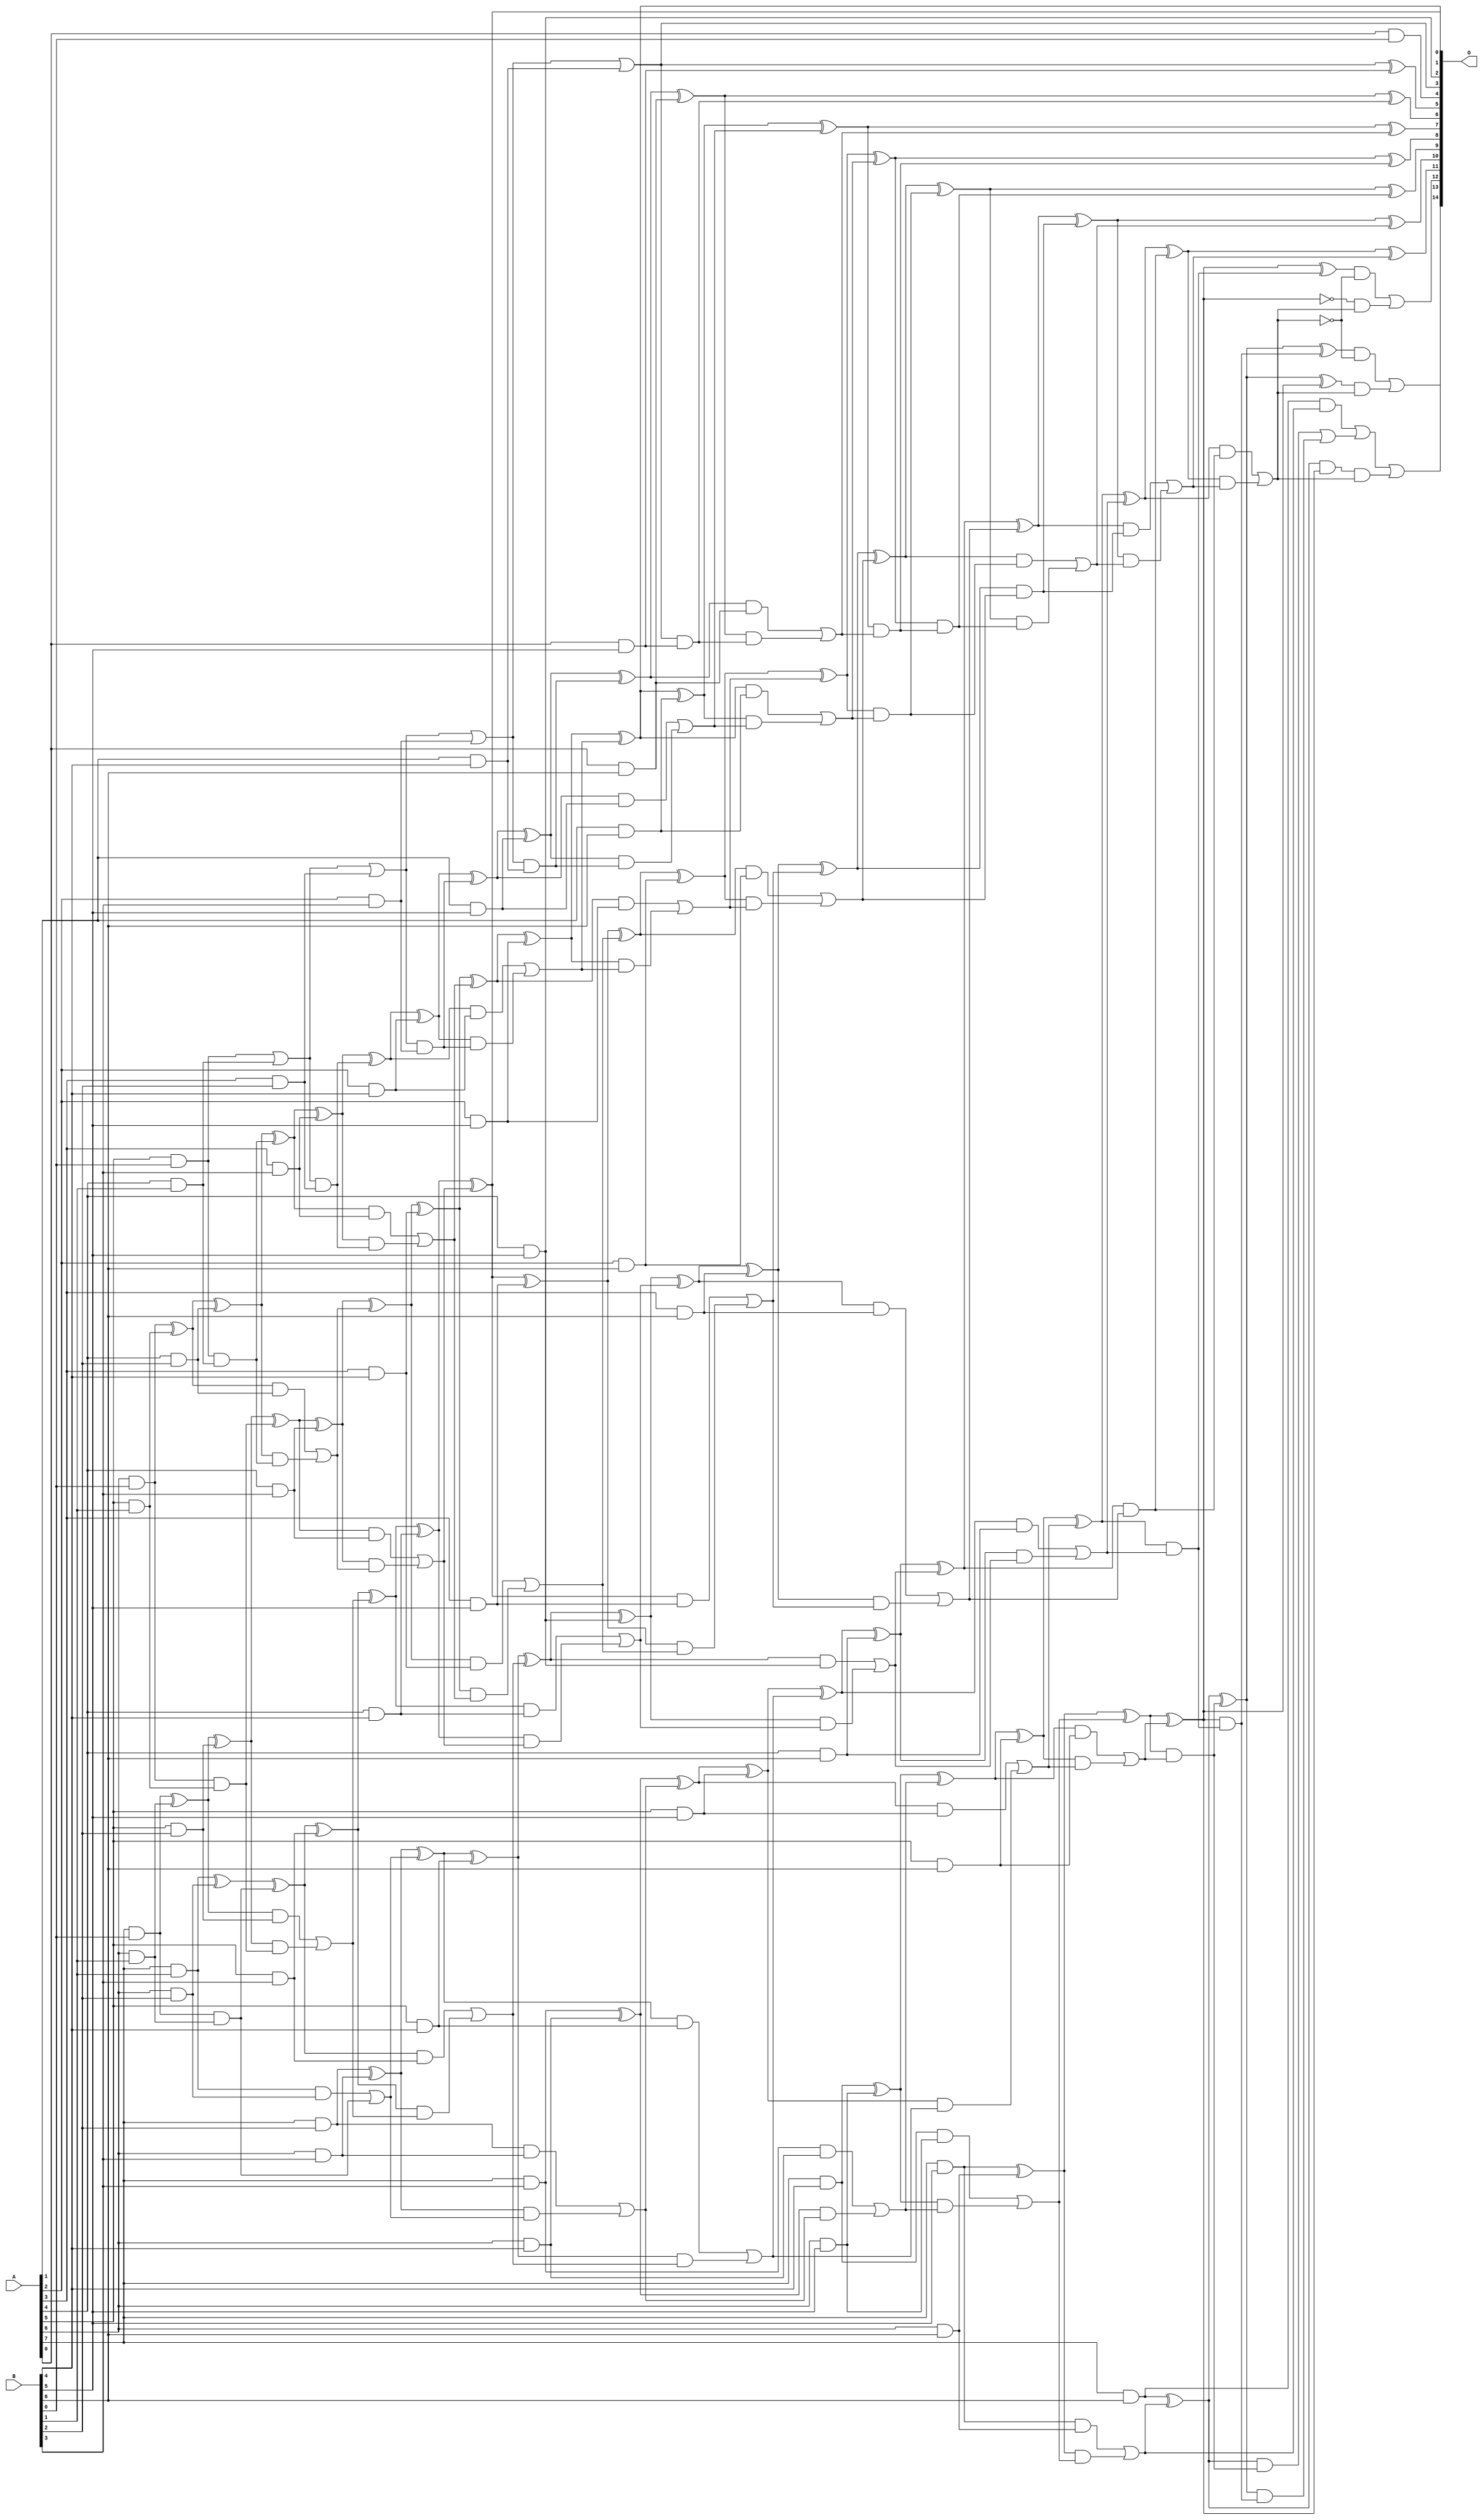
/***
* This code is a part of EvoApproxLib library (ehw.fit.vutbr.cz/approxlib) distributed under The MIT License.
* When used, please cite the following article(s): V. Mrazek, L. Sekanina, Z. Vasicek "Libraries of Approximate Circuits: Automated Design and Application in CNN Accelerators" IEEE Journal on Emerging and Selected Topics in Circuits and Systems, Vol 10, No 4, 2020 
* This file contains a circuit from a sub-set of pareto optimal circuits with respect to the pwr and mae parameters
***/
// MAE% = 0.049 %
// MAE = 16 
// WCE% = 0.19 %
// WCE = 61 
// WCRE% = 1500.00 %
// EP% = 95.65 %
// MRE% = 1.43 %
// MSE = 416 
// PDK45_PWR = 0.259 mW
// PDK45_AREA = 481.5 um2
// PDK45_DELAY = 1.36 ns

module mul8x7u_3EJ (
    A,
    B,
    O
);

input [7:0] A;
input [6:0] B;
output [14:0] O;

wire sig_20,sig_21,sig_22,sig_26,sig_27,sig_28,sig_29,sig_30,sig_39,sig_40,sig_41,sig_42,sig_43,sig_44,sig_48,sig_49,sig_50,sig_51,sig_52,sig_68;
wire sig_69,sig_73,sig_74,sig_75,sig_76,sig_77,sig_78,sig_79,sig_80,sig_81,sig_82,sig_83,sig_84,sig_86,sig_87,sig_90,sig_91,sig_92,sig_93,sig_94;
wire sig_95,sig_106,sig_107,sig_111,sig_112,sig_113,sig_114,sig_115,sig_116,sig_117,sig_118,sig_119,sig_120,sig_121,sig_122,sig_123,sig_124,sig_125,sig_126,sig_127;
wire sig_128,sig_129,sig_130,sig_132,sig_133,sig_134,sig_135,sig_136,sig_137,sig_138,sig_144,sig_145,sig_149,sig_150,sig_151,sig_152,sig_153,sig_154,sig_155,sig_156;
wire sig_157,sig_158,sig_159,sig_160,sig_161,sig_162,sig_163,sig_164,sig_165,sig_166,sig_167,sig_168,sig_169,sig_170,sig_171,sig_172,sig_173,sig_174,sig_175,sig_176;
wire sig_177,sig_178,sig_179,sig_180,sig_181,sig_182,sig_183,sig_187,sig_188,sig_189,sig_190,sig_191,sig_192,sig_193,sig_194,sig_195,sig_196,sig_197,sig_198,sig_199;
wire sig_200,sig_201,sig_202,sig_203,sig_204,sig_205,sig_206,sig_207,sig_208,sig_209,sig_210,sig_211,sig_212,sig_213,sig_214,sig_215,sig_216,sig_217,sig_218,sig_219;
wire sig_220,sig_221,sig_222,sig_223,sig_224,sig_225,sig_226,sig_227,sig_228,sig_229,sig_230,sig_231,sig_232,sig_233,sig_234,sig_235,sig_236,sig_237,sig_238,sig_239;
wire sig_240,sig_241,sig_242,sig_243,sig_244,sig_245,sig_246,sig_247,sig_248,sig_249,sig_250,sig_251,sig_252,sig_253,sig_254,sig_255,sig_256,sig_257,sig_258,sig_259;
wire sig_260,sig_261,sig_262,sig_263,sig_264,sig_265,sig_266,sig_267,sig_268,sig_269,sig_270,sig_271,sig_272,sig_273,sig_274,sig_275,sig_276,sig_277,sig_278,sig_279;
wire sig_280,sig_281,sig_282,sig_283,sig_284,sig_285,sig_286,sig_287,sig_288,sig_289,sig_290,sig_291,sig_292,sig_293,sig_294,sig_295,sig_296,sig_297,sig_298,sig_301;
wire sig_305,sig_306,sig_309,sig_310,sig_311,sig_312,sig_313,sig_314,sig_315,sig_316,sig_319,sig_320;

assign sig_20 = A[5] & B[0];
assign sig_21 = A[6] & B[0];
assign sig_22 = A[7] & B[0];
assign sig_26 = A[0] & B[0];
assign sig_27 = A[4] & B[1];
assign sig_28 = A[5] & B[1];
assign sig_29 = A[6] & B[1];
assign sig_30 = A[7] & B[1];
assign sig_39 = sig_20 & sig_27;
assign sig_40 = sig_20 | sig_27;
assign sig_41 = sig_21 & sig_28;
assign sig_42 = sig_21 ^ sig_28;
assign sig_43 = sig_22 & sig_29;
assign sig_44 = sig_22 ^ sig_29;
assign sig_48 = A[3] & B[2];
assign sig_49 = A[4] & B[2];
assign sig_50 = A[5] & B[2];
assign sig_51 = A[6] & B[2];
assign sig_52 = A[7] & B[2];
assign sig_68 = sig_40 | sig_48;
assign sig_69 = sig_40 & sig_48;
assign sig_73 = sig_42 ^ sig_49;
assign sig_74 = sig_42 & sig_49;
assign sig_75 = sig_73 & sig_39;
assign sig_76 = sig_73 ^ sig_39;
assign sig_77 = sig_74 | sig_75;
assign sig_78 = sig_44 ^ sig_50;
assign sig_79 = sig_44 & sig_50;
assign sig_80 = sig_78 & sig_41;
assign sig_81 = sig_78 ^ sig_41;
assign sig_82 = sig_79 | sig_80;
assign sig_83 = sig_30 ^ sig_51;
assign sig_84 = sig_30 & sig_51;
assign sig_86 = sig_83 ^ sig_43;
assign sig_87 = sig_84 | sig_43;
assign sig_90 = A[2] & B[3];
assign sig_91 = A[3] & B[3];
assign sig_92 = A[4] & B[3];
assign sig_93 = A[5] & B[3];
assign sig_94 = A[6] & B[3];
assign sig_95 = A[7] & B[3];
assign sig_106 = sig_68 | sig_90;
assign sig_107 = sig_68 & sig_90;
assign sig_111 = sig_76 ^ sig_91;
assign sig_112 = sig_76 & sig_91;
assign sig_113 = sig_111 & sig_69;
assign sig_114 = sig_111 ^ sig_69;
assign sig_115 = sig_112 | sig_113;
assign sig_116 = sig_81 ^ sig_92;
assign sig_117 = sig_81 & sig_92;
assign sig_118 = sig_116 & sig_77;
assign sig_119 = sig_116 ^ sig_77;
assign sig_120 = sig_117 | sig_118;
assign sig_121 = sig_86 ^ sig_93;
assign sig_122 = sig_86 & sig_93;
assign sig_123 = sig_121 & sig_82;
assign sig_124 = sig_121 ^ sig_82;
assign sig_125 = sig_122 | sig_123;
assign sig_126 = sig_52 ^ sig_94;
assign sig_127 = sig_52 & sig_94;
assign sig_128 = sig_126 & sig_87;
assign sig_129 = sig_126 ^ sig_87;
assign sig_130 = sig_127 | sig_128;
assign sig_132 = A[1] & B[4];
assign sig_133 = A[2] & B[4];
assign sig_134 = A[3] & B[4];
assign sig_135 = A[4] & B[4];
assign sig_136 = A[5] & B[4];
assign sig_137 = A[6] & B[4];
assign sig_138 = A[7] & B[4];
assign sig_144 = sig_106 | sig_132;
assign sig_145 = sig_106 & sig_132;
assign sig_149 = sig_114 ^ sig_133;
assign sig_150 = sig_114 & sig_133;
assign sig_151 = sig_149 & sig_107;
assign sig_152 = sig_149 ^ sig_107;
assign sig_153 = sig_150 | sig_151;
assign sig_154 = sig_119 ^ sig_134;
assign sig_155 = sig_119 & sig_134;
assign sig_156 = sig_154 & sig_115;
assign sig_157 = sig_154 ^ sig_115;
assign sig_158 = sig_155 | sig_156;
assign sig_159 = sig_124 ^ sig_135;
assign sig_160 = sig_124 & sig_135;
assign sig_161 = sig_159 & sig_120;
assign sig_162 = sig_159 ^ sig_120;
assign sig_163 = sig_160 | sig_161;
assign sig_164 = sig_129 ^ sig_136;
assign sig_165 = sig_129 & sig_136;
assign sig_166 = sig_164 & sig_125;
assign sig_167 = sig_164 ^ sig_125;
assign sig_168 = sig_165 | sig_166;
assign sig_169 = sig_95 ^ sig_137;
assign sig_170 = sig_95 & sig_137;
assign sig_171 = sig_169 & sig_130;
assign sig_172 = sig_169 ^ sig_130;
assign sig_173 = sig_170 | sig_171;
assign sig_174 = A[0] & B[5];
assign sig_175 = A[1] & B[5];
assign sig_176 = A[2] & B[5];
assign sig_177 = A[3] & B[5];
assign sig_178 = A[4] & B[5];
assign sig_179 = A[5] & B[5];
assign sig_180 = A[6] & B[5];
assign sig_181 = A[7] & B[5];
assign sig_182 = sig_144 ^ sig_174;
assign sig_183 = sig_144 & sig_174;
assign sig_187 = sig_152 ^ sig_175;
assign sig_188 = sig_152 & sig_175;
assign sig_189 = sig_187 & sig_145;
assign sig_190 = sig_187 ^ sig_145;
assign sig_191 = sig_188 | sig_189;
assign sig_192 = sig_157 ^ sig_176;
assign sig_193 = sig_157 & sig_176;
assign sig_194 = sig_192 & sig_153;
assign sig_195 = sig_192 ^ sig_153;
assign sig_196 = sig_193 | sig_194;
assign sig_197 = sig_162 ^ sig_177;
assign sig_198 = sig_162 & sig_177;
assign sig_199 = sig_197 & sig_158;
assign sig_200 = sig_197 ^ sig_158;
assign sig_201 = sig_198 | sig_199;
assign sig_202 = sig_167 ^ sig_178;
assign sig_203 = sig_167 & sig_178;
assign sig_204 = sig_202 & sig_163;
assign sig_205 = sig_202 ^ sig_163;
assign sig_206 = sig_203 | sig_204;
assign sig_207 = sig_172 ^ sig_179;
assign sig_208 = sig_172 & sig_179;
assign sig_209 = sig_207 & sig_168;
assign sig_210 = sig_207 ^ sig_168;
assign sig_211 = sig_208 | sig_209;
assign sig_212 = sig_138 ^ sig_180;
assign sig_213 = sig_138 & sig_180;
assign sig_214 = sig_212 & sig_173;
assign sig_215 = sig_212 ^ sig_173;
assign sig_216 = sig_213 | sig_214;
assign sig_217 = A[0] & B[6];
assign sig_218 = A[1] & B[6];
assign sig_219 = A[2] & B[6];
assign sig_220 = A[3] & B[6];
assign sig_221 = A[4] & B[6];
assign sig_222 = A[5] & B[6];
assign sig_223 = A[6] & B[6];
assign sig_224 = A[7] & B[6];
assign sig_225 = sig_190 ^ sig_217;
assign sig_226 = sig_190 & sig_217;
assign sig_227 = sig_225 & sig_183;
assign sig_228 = sig_225 ^ sig_183;
assign sig_229 = sig_226 | sig_227;
assign sig_230 = sig_195 ^ sig_218;
assign sig_231 = sig_195 & sig_218;
assign sig_232 = sig_230 & sig_191;
assign sig_233 = sig_230 ^ sig_191;
assign sig_234 = sig_231 | sig_232;
assign sig_235 = sig_200 ^ sig_219;
assign sig_236 = sig_200 & sig_219;
assign sig_237 = sig_235 & sig_196;
assign sig_238 = sig_235 ^ sig_196;
assign sig_239 = sig_236 | sig_237;
assign sig_240 = sig_205 ^ sig_220;
assign sig_241 = sig_205 & sig_220;
assign sig_242 = sig_240 & sig_201;
assign sig_243 = sig_240 ^ sig_201;
assign sig_244 = sig_241 | sig_242;
assign sig_245 = sig_210 ^ sig_221;
assign sig_246 = sig_210 & sig_221;
assign sig_247 = sig_245 & sig_206;
assign sig_248 = sig_245 ^ sig_206;
assign sig_249 = sig_246 | sig_247;
assign sig_250 = sig_215 ^ sig_222;
assign sig_251 = sig_215 & sig_222;
assign sig_252 = sig_250 & sig_211;
assign sig_253 = sig_250 ^ sig_211;
assign sig_254 = sig_251 | sig_252;
assign sig_255 = sig_181 ^ sig_223;
assign sig_256 = sig_181 & sig_223;
assign sig_257 = sig_255 & sig_216;
assign sig_258 = sig_255 ^ sig_216;
assign sig_259 = sig_256 | sig_257;
assign sig_260 = sig_233 & sig_229;
assign sig_261 = sig_233 ^ sig_229;
assign sig_262 = sig_238 & sig_234;
assign sig_263 = sig_238 ^ sig_234;
assign sig_264 = sig_243 & sig_239;
assign sig_265 = sig_243 ^ sig_239;
assign sig_266 = sig_248 & sig_244;
assign sig_267 = sig_248 ^ sig_244;
assign sig_268 = sig_253 & sig_249;
assign sig_269 = sig_253 ^ sig_249;
assign sig_270 = sig_258 & sig_254;
assign sig_271 = sig_258 ^ sig_254;
assign sig_272 = sig_224 & sig_259;
assign sig_273 = sig_224 ^ sig_259;
assign sig_274 = sig_263 ^ sig_260;
assign sig_275 = sig_263 & sig_260;
assign sig_276 = sig_265 ^ sig_262;
assign sig_277 = sig_265 & sig_262;
assign sig_278 = sig_276 & sig_275;
assign sig_279 = sig_276 ^ sig_275;
assign sig_280 = sig_277 | sig_278;
assign sig_281 = sig_267 ^ sig_264;
assign sig_282 = sig_267 & sig_264;
assign sig_283 = sig_281 & sig_280;
assign sig_284 = sig_281 ^ sig_280;
assign sig_285 = sig_282 | sig_283;
assign sig_286 = sig_269 ^ sig_266;
assign sig_287 = sig_269 & sig_266;
assign sig_288 = sig_286 & sig_285;
assign sig_289 = sig_286 ^ sig_285;
assign sig_290 = sig_287 | sig_288;
assign sig_291 = sig_271 ^ sig_268;
assign sig_292 = sig_271 & sig_268;
assign sig_293 = sig_273 ^ sig_270;
assign sig_294 = sig_273 & sig_270;
assign sig_295 = sig_293 & sig_292;
assign sig_296 = sig_293 ^ sig_292;
assign sig_297 = sig_294 | sig_295;
assign sig_298 = sig_272 | sig_297;
assign sig_301 = ~sig_271;
assign sig_305 = sig_273 & sig_271;
assign sig_306 = sig_293 ^ sig_271;
assign sig_309 = ~sig_290;
assign sig_310 = sig_291 & sig_309;
assign sig_311 = sig_301 & sig_290;
assign sig_312 = sig_310 | sig_311;
assign sig_313 = ~sig_290;
assign sig_314 = sig_296 & sig_313;
assign sig_315 = sig_306 & sig_290;
assign sig_316 = sig_314 | sig_315;
assign sig_319 = sig_305 & sig_290;
assign sig_320 = sig_298 | sig_319;

assign O[14] = sig_320;
assign O[13] = sig_316;
assign O[12] = sig_312;
assign O[11] = sig_289;
assign O[10] = sig_284;
assign O[9] = sig_279;
assign O[8] = sig_274;
assign O[7] = sig_261;
assign O[6] = sig_228;
assign O[5] = sig_182;
assign O[4] = sig_26;
assign O[3] = sig_144;
assign O[2] = sig_178;
assign O[1] = sig_162;
assign O[0] = sig_195;

endmodule